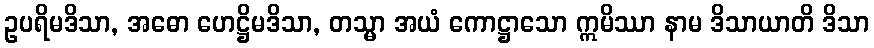
ဥပရိမဒိသာ, အဓော ဟေဋ္ဌိမဒိသာ, တသ္မာ အယံ ကောဋ္ဌာသော ဣမိဿာ နာမ ဒိသာယာတိ ဒိသာ